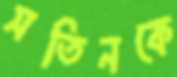
সতিনকে